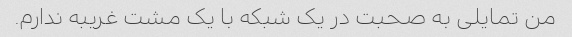
من تمایلی به صحبت در یک شبکه با یک مشت غریبه ندارم.